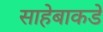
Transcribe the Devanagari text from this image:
साहेबाकडे